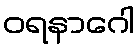
ဝရနာဂေါ